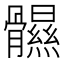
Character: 䯥